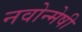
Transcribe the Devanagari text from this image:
नवोन्‍मेषी